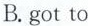
B.got to